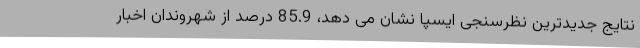
نتایج جدیدترین نظرسنجی ایسپا نشان می دهد، 85.9 درصد از شهروندان اخبار